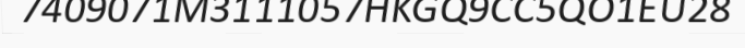
7409071M3111057HKGQ9CC5QO1EU28